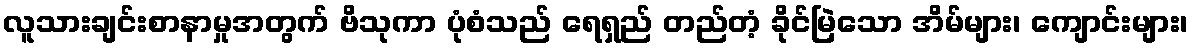
လူသားချင်းစာနာမှုအတွက် ဗိသုကာ ပုံစံသည် ရေရှည် တည်တံ့ ခိုင်မြဲသော အိမ်များ၊ ကျောင်းများ၊